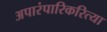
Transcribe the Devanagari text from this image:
अपारंपारिकरित्या